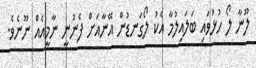
ލޫނާ ލޯ ހުޅުވައި ބަލައިލުމާ އެކު ލޯގަނޑުން އޭނާއަށް ފެނުނީ ނާމީއެއް ނޫނެވެ.